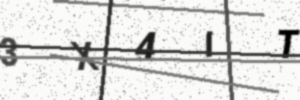
Text: 3X4IT